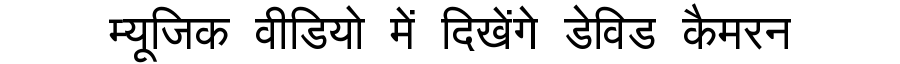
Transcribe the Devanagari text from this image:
म्यूजिक वीडियो में दिखेंगे डेविड कैमरन